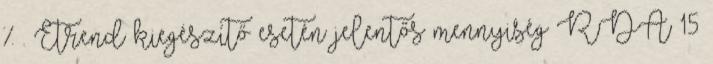
% . Étrend kiegészítő esetén jelentős mennyiség RDA 15